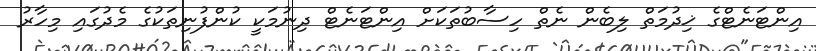
އިންޓަނެޓްގެ ޚިދުމަތް ލިބެން ނެތް ހިސާބުތަކަށް އިންޓަނެޓް ދިނުމަކީ ކުންފުނިތަކުގެ މެދުގައި މިހާރު